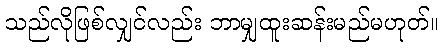
သည်လိုဖြစ်လျှင်လည်း ဘာမျှထူးဆန်းမည်မဟုတ်။